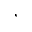
,